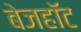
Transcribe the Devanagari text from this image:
बेजहॉट